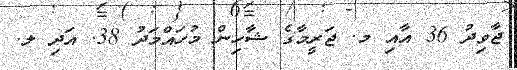
ޖާވިދު 36 އާއި މ. ޖަރީމާގެ ޝާހިން މުހައްމަދު 38. އަދި ލ.